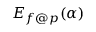
E _ { f @ p } ( \alpha )